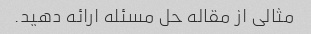
مثالی از مقاله حل مسئله ارائه دهید.